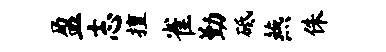
盈志擅雀勤砥燕侏